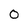
Character: 0